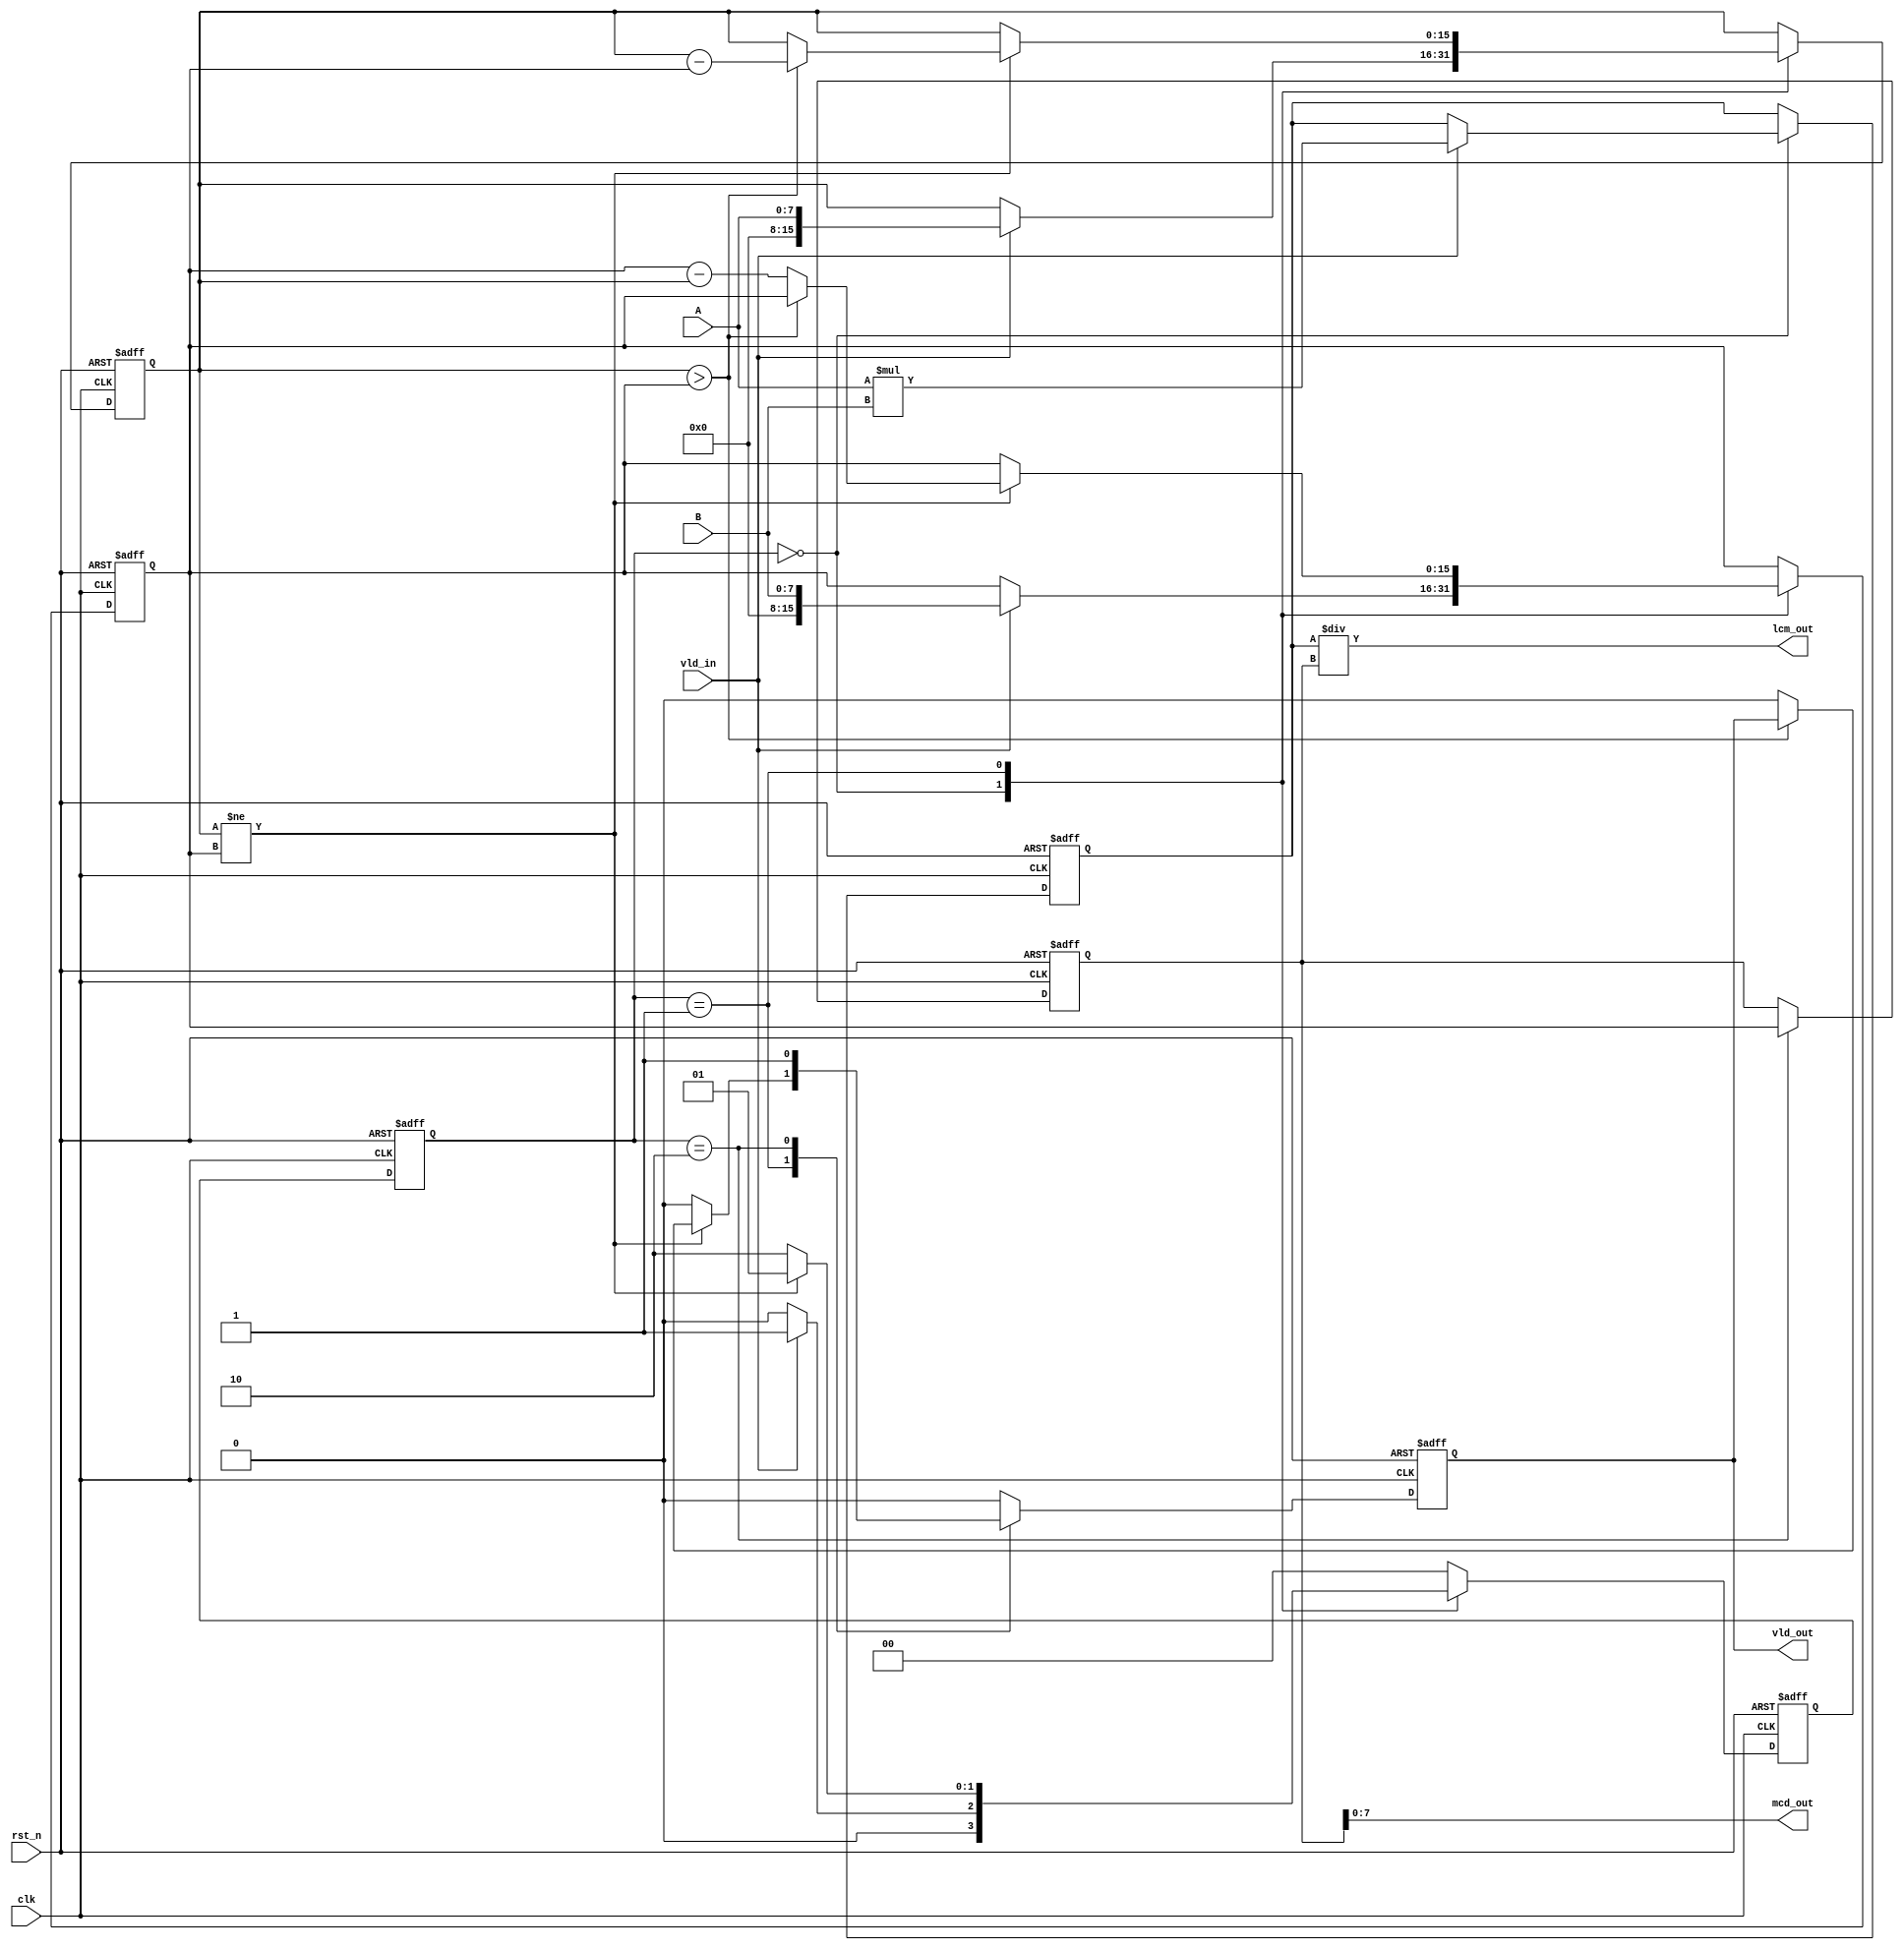
`timescale 1ns/1ns

//  *  = A * B

module lcm#(
parameter DATA_W = 8)
(
input [DATA_W-1:0] A,
input [DATA_W-1:0] B,
input 			vld_in,
input			rst_n,
input 			clk,
output	wire	[DATA_W*2-1:0] 	lcm_out,
output	wire 	[DATA_W-1:0]	mcd_out,
output	reg					vld_out
);
reg	[DATA_W*2-1:0]	mcd,a_buf,b_buf;
reg [DATA_W*2-1:0]	mul_buf;
reg					mcd_vld;
reg	[1:0]			cur_st,nxt_st;
parameter IDLE= 2'b00,S0 = 2'b01, S1 = 2'b10, S2 = 2'b11;
//
always @(posedge clk or negedge rst_n)
	if (!rst_n)
		cur_st <= IDLE;
	else
		cur_st <= nxt_st;
always @(posedge clk or negedge rst_n)
	if (!rst_n) begin
		nxt_st <= IDLE;
		mcd	  <= 0;
		mcd_vld <= 0;
		a_buf <= 0;
		b_buf <= 0;
		mul_buf <= 0;
		vld_out <= 1'b0;
	end
	else begin	
		case (cur_st)
		IDLE:if(vld_in) begin	
				a_buf <= A;
				b_buf <= B;
				nxt_st <= S0;
				mul_buf <= A*B;
				mcd_vld <= 0;
				vld_out <= 1'b0;
				end
				else begin
				nxt_st <= IDLE;
				mcd_vld <= 0;
				vld_out <= 1'b0;
				end
		S0:if(a_buf!=b_buf)begin
				if(a_buf>b_buf)begin
					a_buf<=a_buf-b_buf;
					b_buf<=b_buf;
				end
				else begin 
					b_buf <= b_buf - a_buf;
					a_buf <= a_buf;
					vld_out <= 1'b0;
				end
				nxt_st <= S0;
				end
				else begin	
					nxt_st <=S1;
					vld_out <= 1'b0;
					end
		S1:begin	
			mcd <= b_buf;
			mcd_vld <= 1'b1;
			nxt_st	<= IDLE;
			vld_out <= 1'b1;
			end
		default:begin	
			nxt_st<=IDLE;
			vld_out <= 1'b0;
			end
		endcase
	end
	
assign mcd_out = mcd;
assign lcm_out = mul_buf/mcd;
endmodule